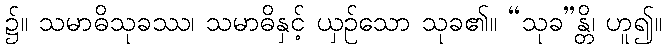
၌။ သမာဓိသုခဿ၊ သမာဓိနှင့် ယှဉ်သော သုခ၏။ “သုခ”န္တိ၊ ဟူ၍။